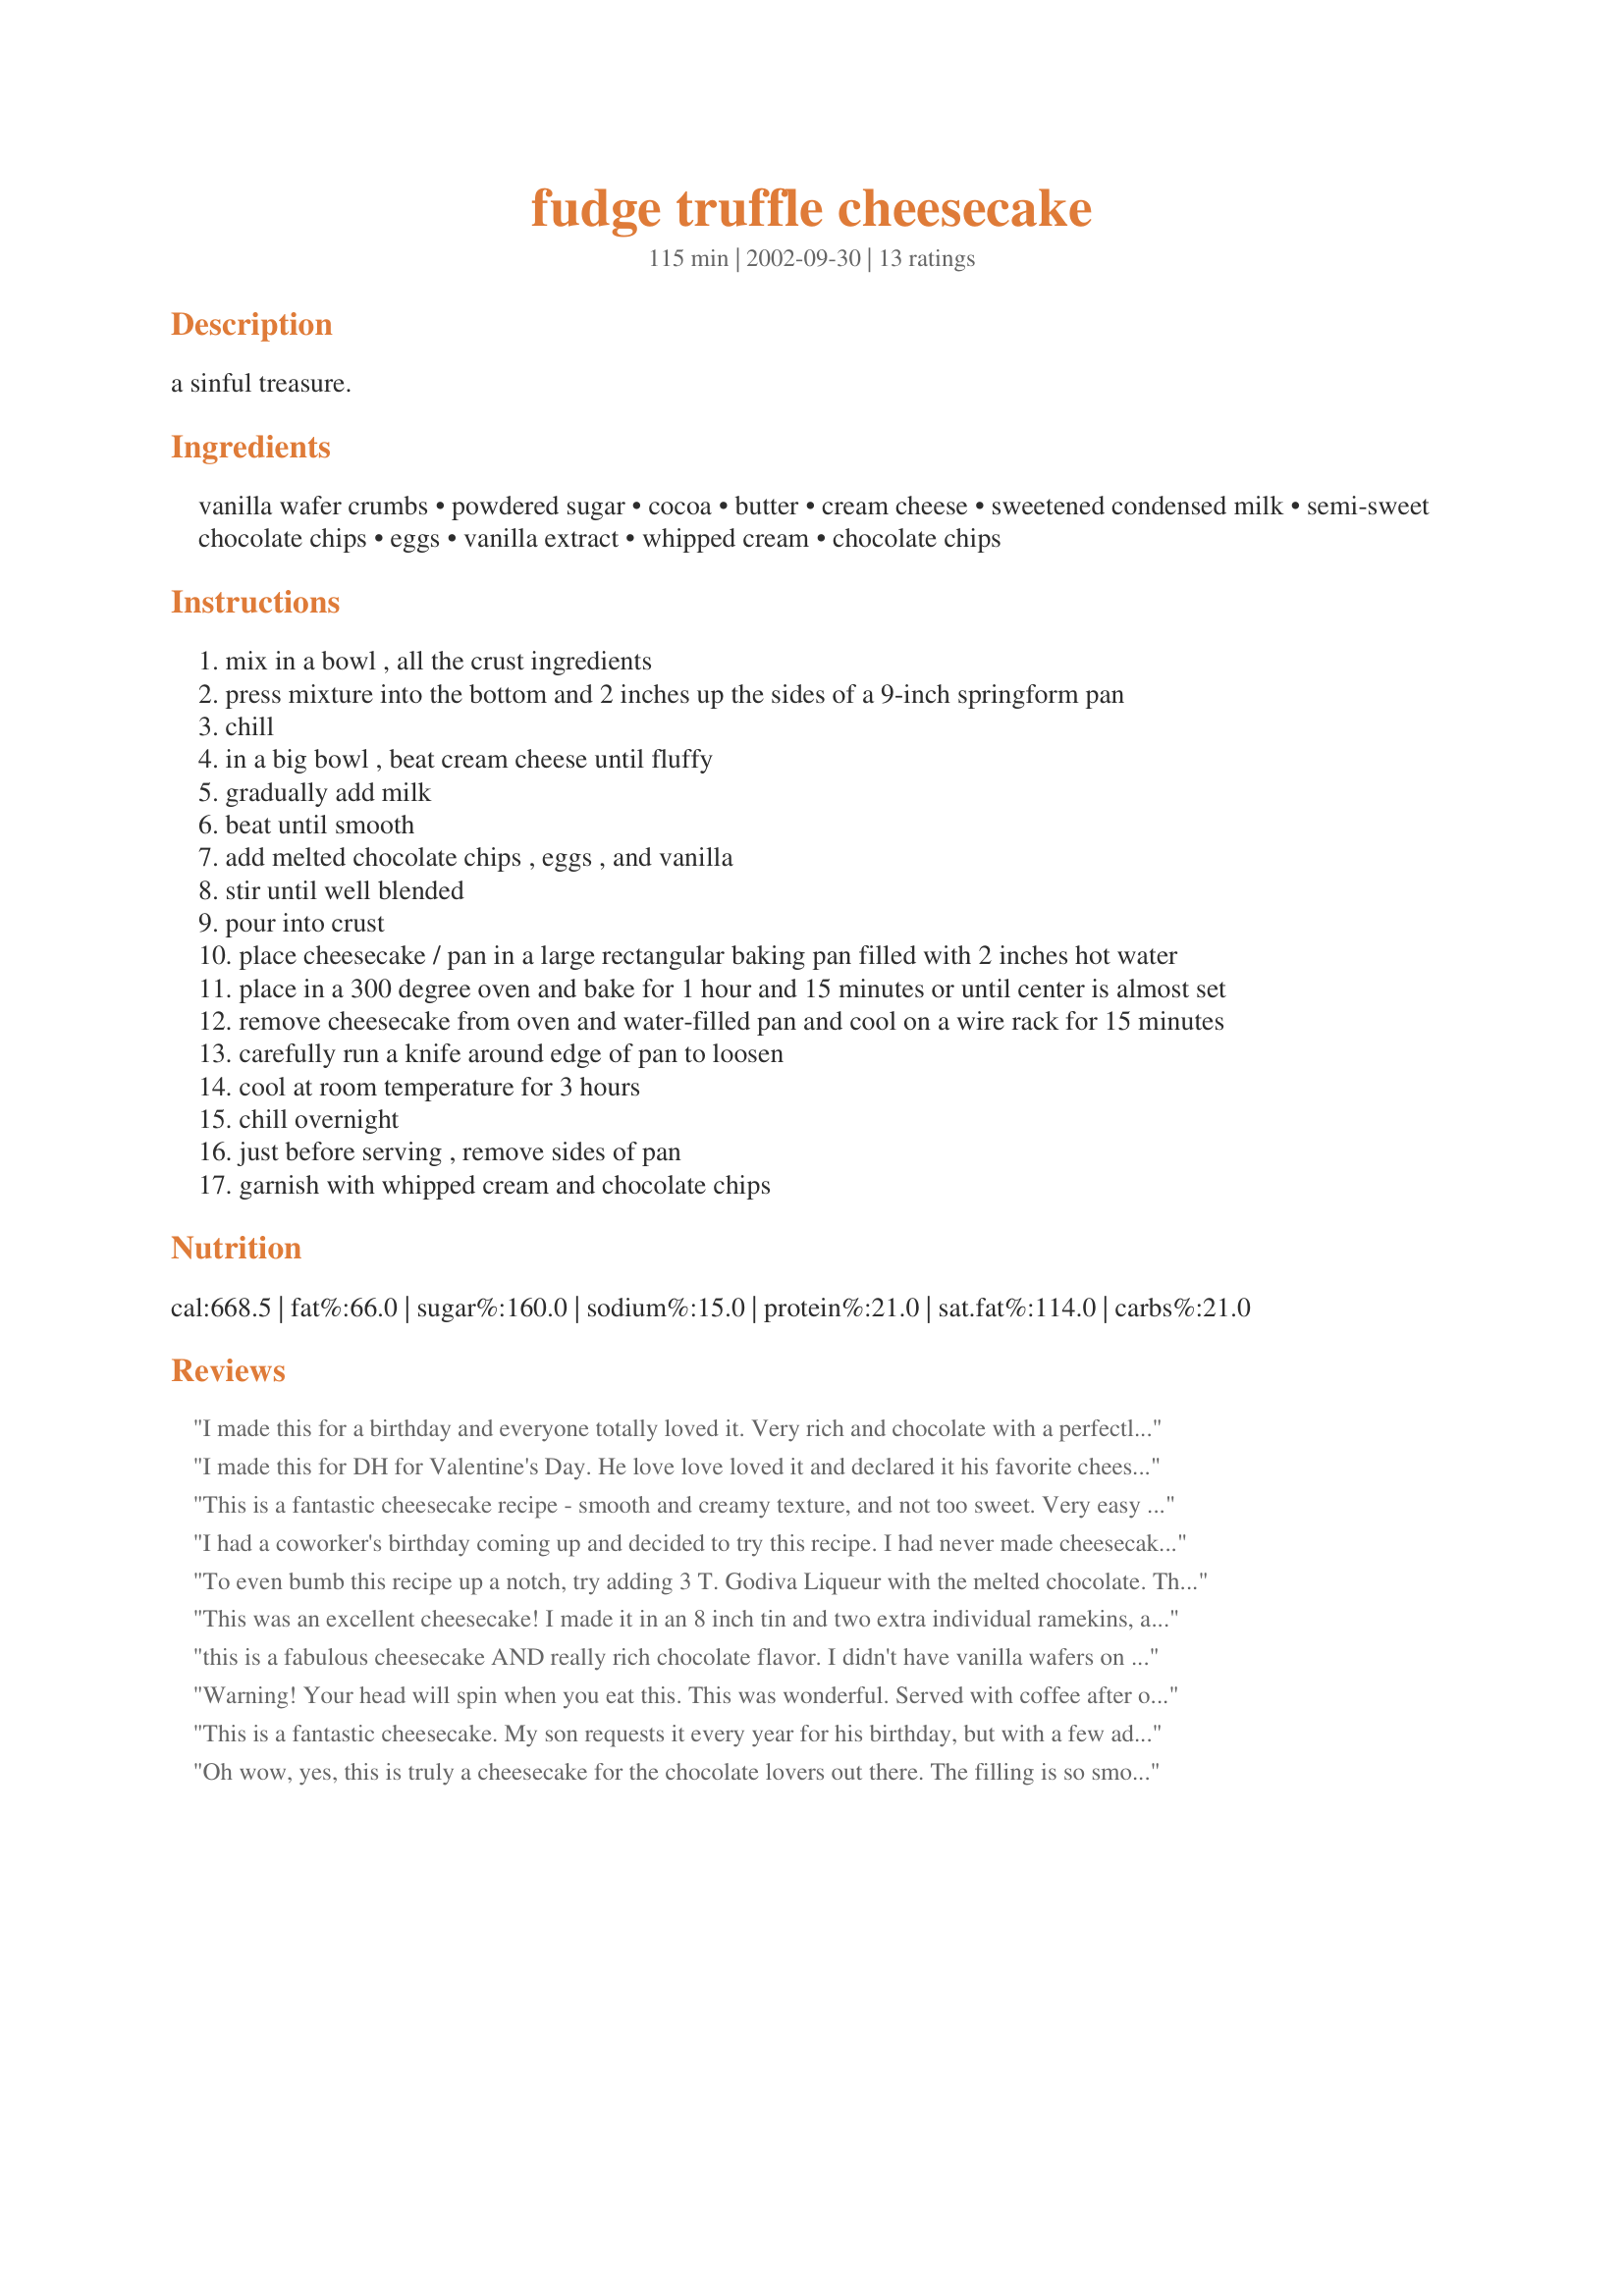
fudge truffle cheesecake
Preparation time: 115 minutes

a sinful treasure.

Ingredients:
vanilla wafer crumbs, powdered sugar, cocoa, butter, cream cheese, sweetened condensed milk, semi-sweet chocolate chips, eggs, vanilla extract, whipped cream, chocolate chips

Steps:
mix in a bowl , all the crust ingredients
press mixture into the bottom and 2 inches up the sides of a 9-inch springform pan
chill
in a big bowl , beat cream cheese until fluffy
gradually add milk
beat until smooth
add melted chocolate chips , eggs , and vanilla
stir until well blended
pour into crust
place cheesecake / pan in a large rectangular baking pan filled with 2 inches hot water
place in a 300 degree oven and bake for 1 hour and 15 minutes or until center is almost set
remove cheesecake from oven and water-filled pan and cool on a wire rack for 15 minutes
carefully run a knife around edge of pan to loosen
cool at room temperature for 3 hours
chill overnight
just before serving , remove sides of pan
garnish with whipped cream and chocolate chips

Reviews:
I made this for a birthday and everyone totally loved it. Very rich and chocolate with a perfectly smooth crust. No cracks in this cheesecake! I used Recipe #67951 as the icing and then drizzled it with chocolate. Decadent!
I made this for DH for Valentine's Day. He love love loved it and declared it his favorite cheesecake that I've made so far. (And I've made a few!) I used 1/3 fat cream cheese for about half of the cream cheese, and fat free sweetened condensed milk. Also used graham crumbs for ease and convenience. Thanks for the great recipe!
This is a fantastic cheesecake recipe - smooth and creamy texture, and not too sweet. Very easy to assemble, and was probably the first cheesecake I have made that didn't crack upon cooling. I drizzled with a little carmel, and topped with halved white chocolate truffles - made a very impressive Christmas dessert!
I had a coworker's birthday coming up and decided to try this recipe. I had never made cheesecake with sweetened condensed milk before and was a bit anxious about the recipe as that was really the only thing sweetening the recipe, no sugar! The cake was very very watery after 55 minutes so I let it bake for another 10. I then let it sit in the turned-off oven until cool before refrigerating it overnight. I brought the cake into work today and it was a hit, thanks!
To even bumb this recipe up a notch, try adding 3 T. Godiva Liqueur with the melted chocolate. This is how we enjoy this recipe. Oh my..so good!
This was an excellent cheesecake! I made it in an 8 inch tin and two extra individual ramekins, and topped it with a chocolate ganache: it tasted great. Thanks!
this is a fabulous cheesecake AND really rich chocolate flavor. I didn't have vanilla wafers on hand, but had salty crackers. they worked just fine,too. Wonderful! a tiny slice is all you need for a great treat
Warning! Your head will spin when you eat this. This was wonderful. Served with coffee after our Sunday dinner. A fairly easy desert to make that will impress all. I actually heard sighs with the first bite. No joke! Thanks for a recipe I will be using again and again.
This is a fantastic cheesecake. My son requests it every year for his birthday, but with a few additions: Add 1/4 cup coffee liqueur to cheesecake mixture before baking. Serve with raspberry sauce and whipped cream. YUM!!!!
Oh wow, yes, this is truly a cheesecake for the chocolate lovers out there. The filling is so smooth and creamy, just as the name says - truffle. The crust, I did use graham crackers and it came out sinful nonetheless. I cut the recipe servings down and made a 5 inch cheesecake. I garnished the top with a very thin layer of hot fudge sauce (which was not hot btw) and piped on some whipped cream. Beautiful presentation and truly a sinful treasure. Thanks for posting this!
Awesome !!!!! I made this cheesecake for a golf tourney and topped it off with Mean Chefs Ganache, Recipe #37844
And some Laura Secord Chocolate Golf Balls of course ! LOL!

I can really vouch for this dessert. Everyone loved it, rich and chocolatey, and so easy ! Thanks for posting Lizzymommy !!
This is an awesome cheesecake! I had gotten the recipe from my Hershey cookbook. Glad to see it on here!! I have used graham crumbs instead of vanilla wafer and it still comes out great!! Thanks, ratherbeswimmin'!
Sinful is just the tip of the iceberg! This was very moist, dense, creamy, rich and chocolate, chocolate, chocolate. I cut it into 16 pieces, and then cut down from there too because it is THAT rich. I did use graham cracker crumbs in place of vanilla wafer crumbs (I was out of those) and it came out beautifully. This dessert if for those who like rich, decadent, and chocolate!. Thanks NurseDi
